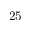
2 5